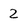
Character: 2